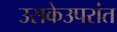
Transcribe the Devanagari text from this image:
उसकेउपरांत